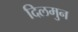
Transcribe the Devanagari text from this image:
दिलमुन